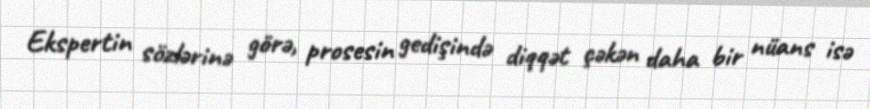
Ekspertin sözlərinə görə, prosesin gedişində diqqət çəkən daha bir nüans isə